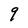
Character: 9